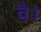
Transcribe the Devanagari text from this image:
वै।